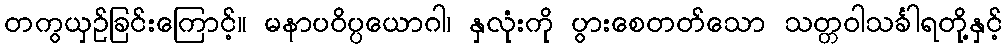
တကွယှဉ်ခြင်းကြောင့်။ မနာပဝိပ္ပယောဂါ၊ နှလုံးကို ပွားစေတတ်သော သတ္တဝါသင်္ခါရတို့နှင့်